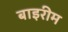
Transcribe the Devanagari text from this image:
बाइरीम